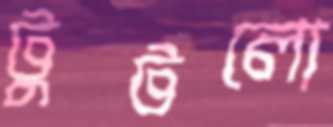
টুটলো